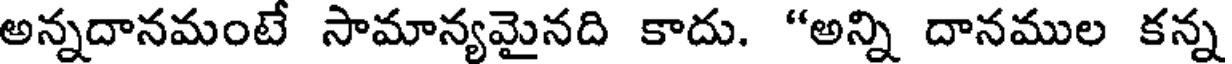
అన్నదానమంటే సామాన్యమైనది కాదు. "అన్ని దానముల కన్న